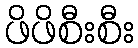
ဖိဖိစီးစီး